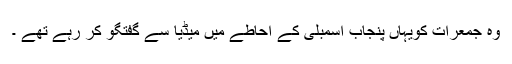
وہ جمعرات کویہاں پنجاب اسمبلی کے احاطے میں میڈیا سے گفتگو کر رہے تھے ۔